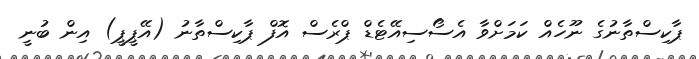
ޕާކިސްތާނުގެ ނޫހެއް ކަމަށްވާ އެސޯސިއޭޓެޑް ޕްރެސް އޮފް ޕާކިސްތާނު (އޭޕީޕީ) އިން ބުނީ